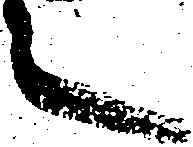
之